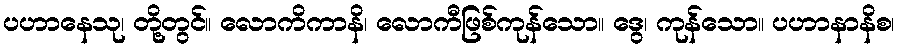
ပဟာနေသု၊ တို့တွင်။ လောကိကာနိ၊ လောကီဖြစ်ကုန်သော။ ဒွေ၊ ကုန်သော။ ပဟာနာနိစ၊